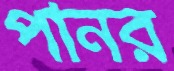
পানর